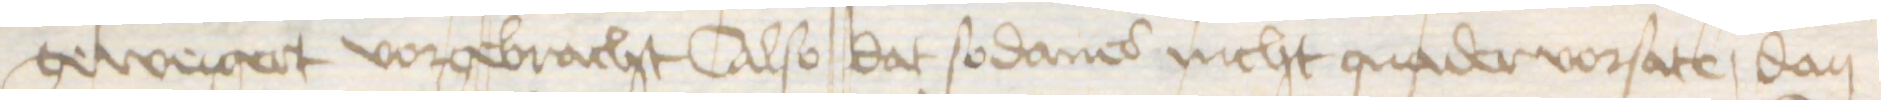
geweigert vorgebracht Also dat sodanes nicht quader vorsate, dan